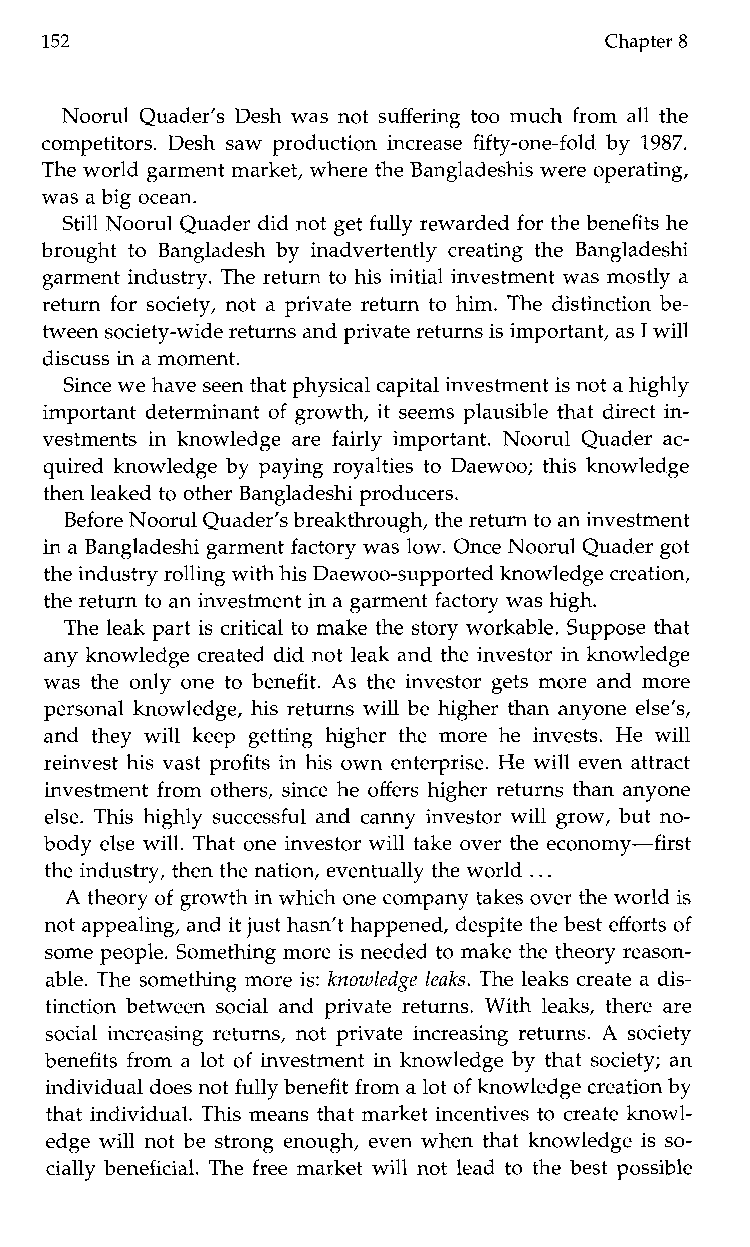
152                                  Chapter 8
 Noorul Quader’s Desh was not suffering too much from all the
 competitors. Desh saw production increase fifty-one-fold by 1987.
 The world garment market, where theB angladeshis were operating,
 was a big ocean.
 Still Noorul Quader did not get fully rewarded for the benefits he
 brought to Bangladesh by inadvertently creating the Bangladeshi
 garment industry. The return to his initial investment was mostly a
 return for society, not a private return to him. The distinction be-
 tween society-wide returns and private returns is important, Ia ws ill
 discuss in a moment.
 Since we haves een that physical capital investment is not a highly
 important determinant of growth, it seems plausible that direct in-
 vestments in knowledge are fairly important. Noorul Quader ac-
 quired knowledge by paying royalties to Daewoo; this knowledge
 then leaked to otherB angladeshi producers.
 Before Noorul Quader’s breakthrough, ther eturn to an investment
 in a Bangladeshi garment factory was low. Once Noorul Quader got
 the industryr olling with his Daewoo-supported knowledgec reation,
 the return to an investment in a garmefnatc tory was high.
 The leak part is critical to make the story workable. Suppose that
 any knowledge created did not leak and the investor in knowledge
 was the only one to benefit. As the investor gets more and more
 personal knowledge, his returns will be higher than anyone else’s,
 and they will keepg ettingh ighert hem oreh ei nvests. He will
 reinvest his vast profits in his own enterprise. He will even attract
 investment from others, since he offers higher returns than anyone
 else. This highly successful and canny investor will grow, but no-
 body else will. That one investor will take over the economy-first
 the industry, then the nation, eventually the wor.ld. .
 A theory of growth in whicho ne company takeso ver the world is
 not appealing, and it just hasn’t happened, despite the beset fforts of
 some people. Something more is needed to make the theory reason-
 able. The something more is: knowledge leaks. The leaks create a dis-
 tinction between social and private returns. With leaks, there are
 social increasing returns, not private increasing returns. A society
 benefits from a lot of investment in knowledge by that society; an
 individual does not fullbye nefit from a lot of knowledge creation by
 that individual. This means that market incentives to create knowl-
 edge will not be strong enough, even when that knowledge is so-
 cially beneficial. The free market will not lead to the best possible